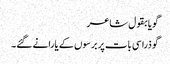
گویا بقول شاعر
گو ذرا سی بات پر برسوں کے یارانے گئے۔